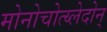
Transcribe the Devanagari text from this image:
मोनोचोत्य्लेदोन्